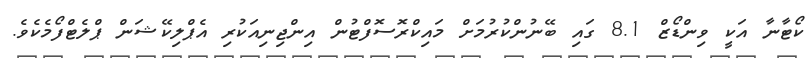
ކޯޓާނާ އަކީ ވިންޑޯޒް 8.1 ގައި ބޭނުންކުރުމަށް މައިކްރޮސޮފްޓުން އިންޖިނިއަކުރި އެޕްލިކޭޝަން ޕްލެޓްފޯމެކެވެ.